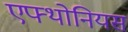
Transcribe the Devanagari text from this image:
एफ्थोनियस